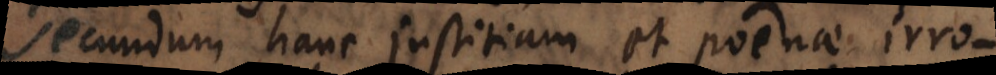
secundum hanc justitiam et poenae irro